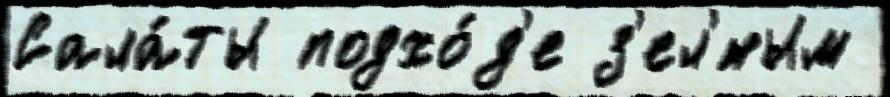
Сала́ты подхо́д'е з'ел'́ным